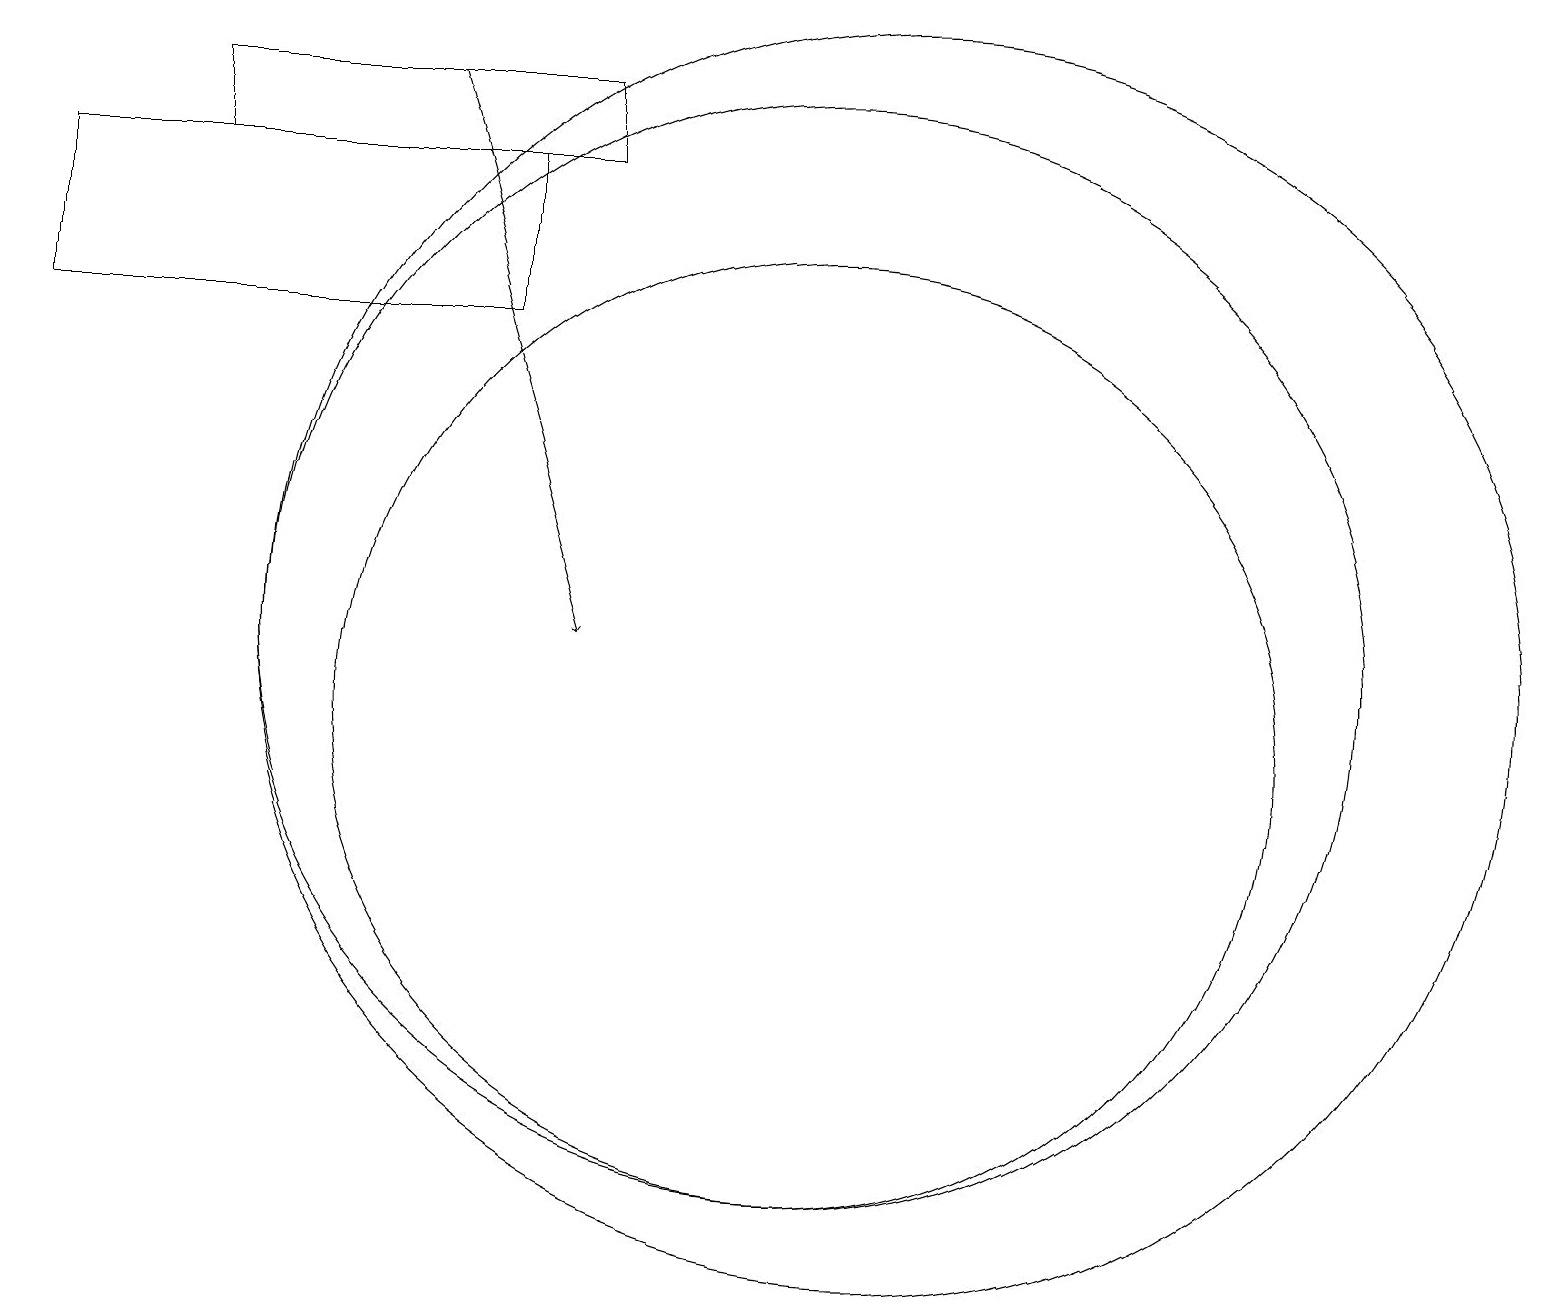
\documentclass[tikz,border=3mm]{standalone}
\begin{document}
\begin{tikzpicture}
\draw (11,11) circle (8);
\draw (10,11) circle (7);
\draw (10,10) circle (6);
\draw (2,18) rectangle (7,17);
\draw[->] (5,18) -- (7,11);
\draw (6,15) rectangle (0,17);
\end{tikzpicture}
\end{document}